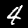
Label: 4